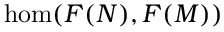
\hom ( F ( N ) , F ( M ) )